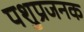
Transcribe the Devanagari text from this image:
पशुप्रजनक